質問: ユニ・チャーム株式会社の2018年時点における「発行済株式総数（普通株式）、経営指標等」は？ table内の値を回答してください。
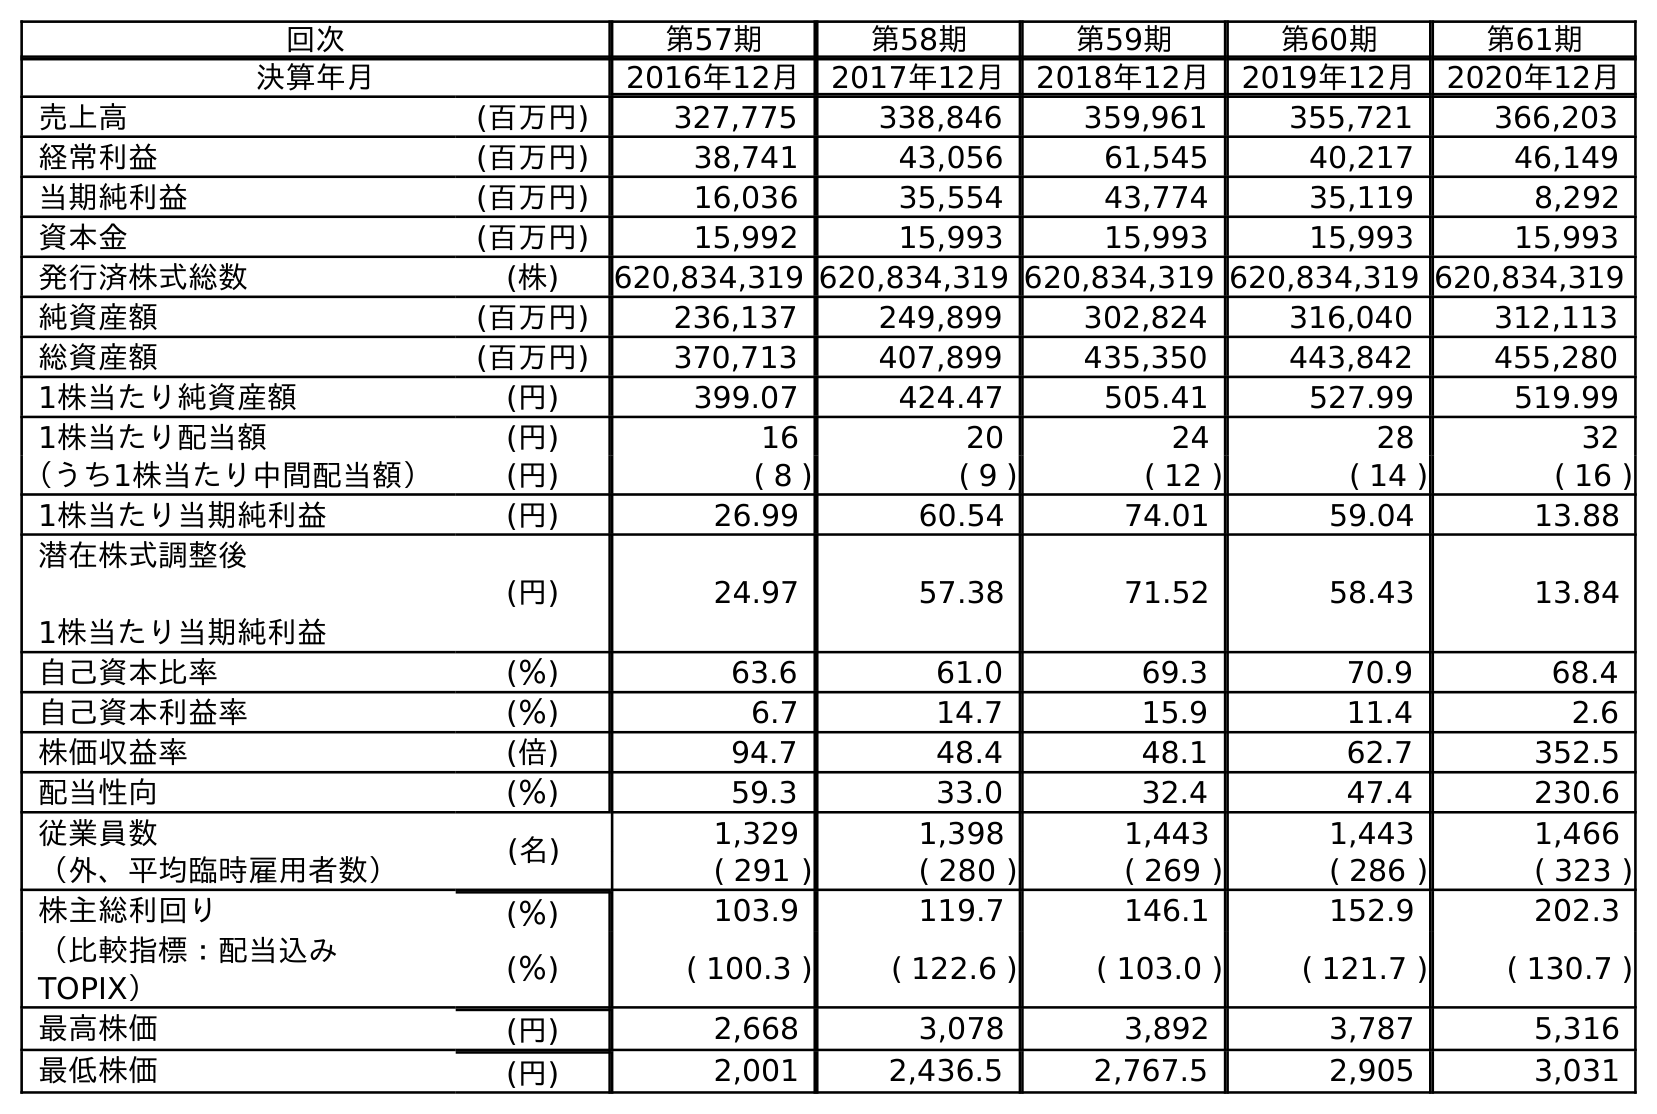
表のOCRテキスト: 回次 第57期 第58期 第59期 第60期 第61期 決算年月 2016年12月 2017年12月 2018年12月 2019年12月 2020年12月 売上高 (百万円) 327,775 338,846 359,961 355,721 366,203 経常利益 (百万円) 38,741 43,056 61,545 40,217 46,149 当期純利益 (百万円) 16,036 35,554 43,774 35,119 8,292 資本金 (百万円) 15,992 15,993 15,993 15,993 15,993 発行済株式総数 (株) 620,834,319 620,834,319 620,834,319 620,834,319 620,834,319 純資産額 (百万円) 236,137 249,899 302,824 316,040 312,113 総資産額 (百万円) 370,713 407,899 435,350 443,842 455,280 1株当たり純資産額 (円) 399.07 424.47 505.41 527.99 519.99 1株当たり配当額 (円) 16 20 24 28 32 （うち1株当たり中間配当額） (円) ( 8 ) ( 9 ) ( 12 ) ( 14 ) ( 16 ) 1株当たり当期純利益 (円) 26.99 60.54 74.01 59.04 13.88 潜在株式調整後 1株当たり当期純利益 (円) 24.97 57.38 71.52 58.43 13.84 自己資本比率 (％) 63.6 61.0 69.3 70.9 68.4 自己資本利益率 (％) 6.7 14.7 15.9 11.4 2.6 株価収益率 (倍) 94.7 48.4 48.1 62.7 352.5 配当性向 (％) 59.3 33.0 32.4 47.4 230.6 従業員数 (名) 1,329 1,398 1,443 1,443 1,466 （外、平均臨時雇用者数） ( 291 ) ( 280 ) ( 269 ) ( 286 ) ( 323 ) 株主総利回り (％) 103.9 119.7 146.1 152.9 202.3 （比較指標：配当込み TOPIX） (％) ( 100.3 ) ( 122.6 ) ( 103.0 ) ( 121.7 ) ( 130.7 ) 最高株価 (円) 2,668 3,078 3,892 3,787 5,316 最低株価 (円) 2,001 2,436.5 2,767.5 2,905 3,031
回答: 620,834,319